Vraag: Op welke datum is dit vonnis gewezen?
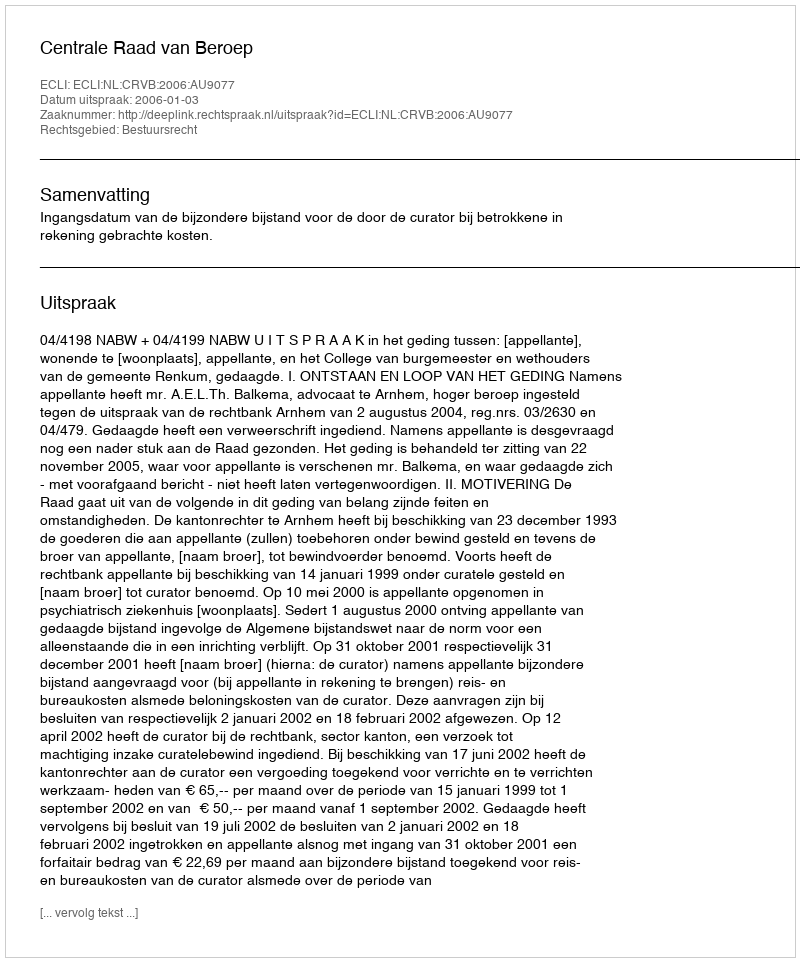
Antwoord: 2006-01-03